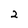
Character: 2